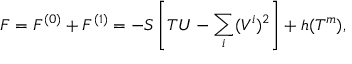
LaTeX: F = F ^ { ( 0 ) } + F ^ { ( 1 ) } = - S \left[ T U - \sum _ { i } ( V ^ { i } ) ^ { 2 } \right] + h ( T ^ { m } ) ,